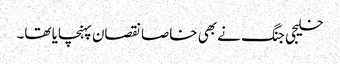
خلیجی جنگ نے بھی خاصا نقصان پہنچایا تھا۔